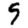
Digit: 5